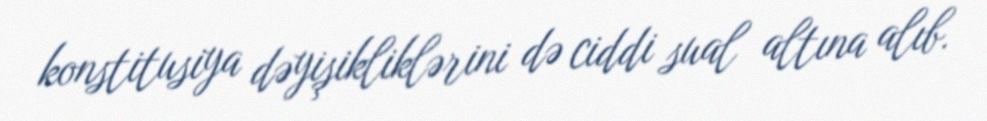
konstitusiya dəyişikliklərini də ciddi sual altına alıb.